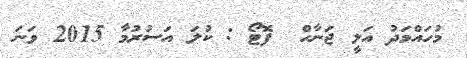
މުހައްމަދު އަލީ ޖަނާހް  ފޮޓޯ : ކުލަ އަސުރުމާ 2015 ވަނަ